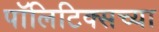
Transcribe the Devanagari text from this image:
पॉलिटिक्सच्या